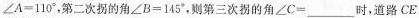
$$\angle A=110^{\circ}$$，第二次拐的角$$\angle B=145^{\circ}$$，则第三次拐的角$$\angle C=___$$时，道路CE